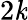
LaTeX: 2\mathit{k}